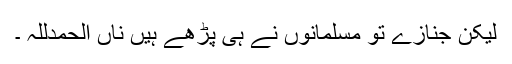
لیکن جنازے تو مسلمانوں نے ہی پڑھے ہیں ناں الحمدللہ ۔